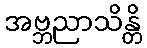
အဗ္ဘညာသိန္တိ